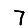
Digit: 7